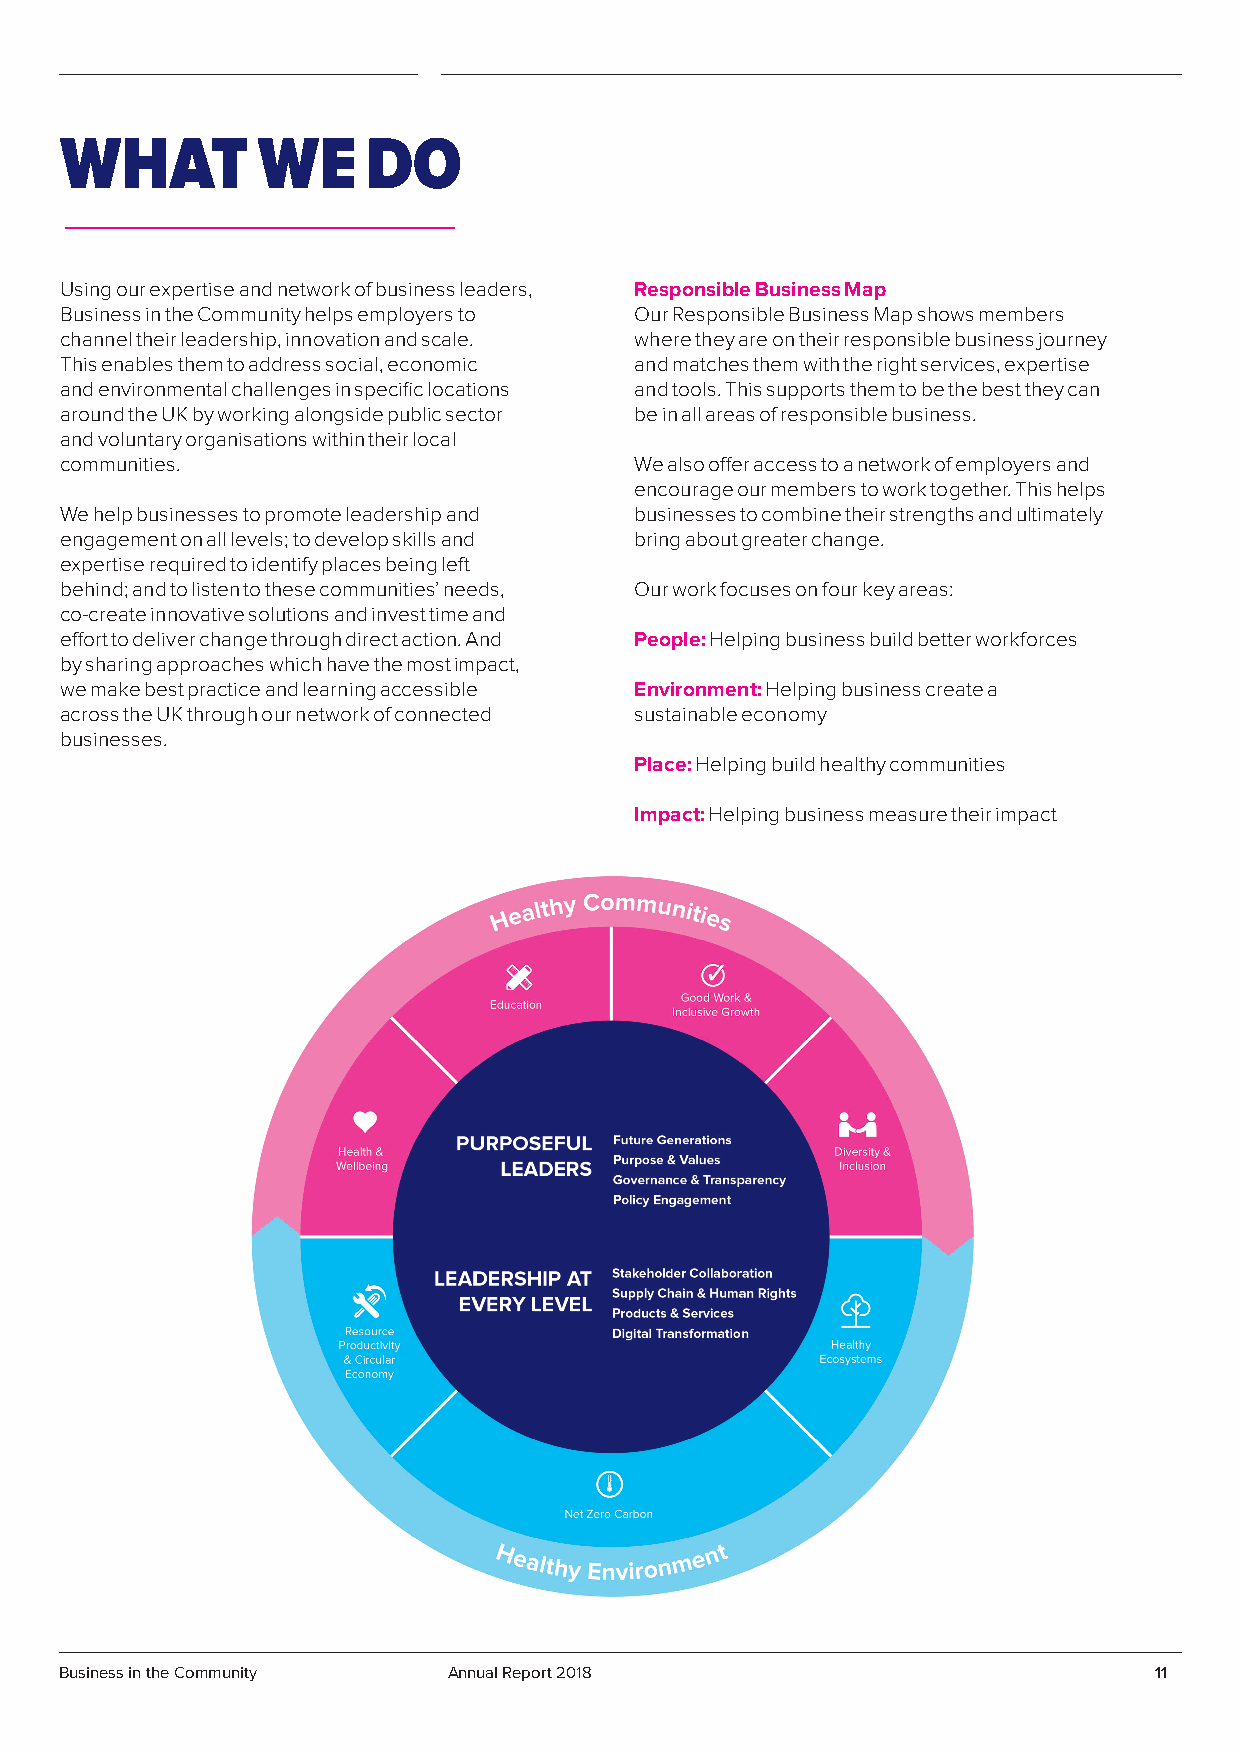
WHAT         WE     DO
 Using our expertise and network of business leaders, Responsible Business Map
 Business in the Community helps employers to Our Responsible Business Map shows members
 channel their leadership, innovation and scale. where they are on their responsible business journey
 This enables them to address social, economic and matches them with the right services, expertise
 and environmental challenges in specific locations and tools. This supports them to be the best they can
 around the UK by working alongside public sector be in all areas of responsible business.
 and voluntary organisations within their local
 communities.                          We also offer access to a network of employers and
 encourage our members to work together. This helps
 We help businesses to promote leadership and businesses to combine their strengths and ultimately
 engagement on all levels; to develop skills and bring about greater change.
 expertise required to identify places being left
 behind; and to listen to these communities’ needs, Our work focuses on four key areas:
 co-create innovative solutions and invest time and
 effort to deliver change through direct action. And People: Helping business build better workforces
 by sharing approaches which have the most impact,
 we make best practice and learning accessible Environment: Helping business create a
 across the UK through our network of connected sustainable economy
 businesses.
 Place: Helping build healthy communities
 Impact: Helping business measure their impact
 Business in the Community Annual Report 2018                            11